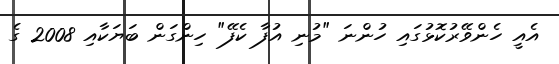
އެއީ ހެންވޭރުކޮޅުގައި ހުންނަ "މުނި އުފާ ކެފޭ" ހިންގަން ބަޔަކާއި 2008 ގެ